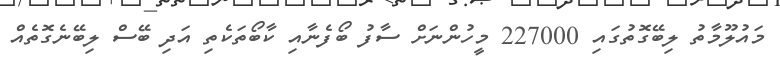
މައުލޫމާތު ލިބޭގޮތުގައި 227000 މީހުންނަށް ސާފު ބޯފެނާއި ކާބޯތަކެތި އަދި ބޭސް ލިބޭނެގޮތެއް